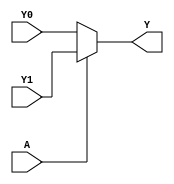
module single_variable_kmap (
    input wire A,      // Single input variable
    input wire Y0,     // Output for A = 0
    input wire Y1,     // Output for A = 1
    output wire Y      // Output representing the simplified Boolean function
);

// Combinational logic to determine the output Y based on input A
assign Y = (A == 1'b0) ? Y0 : Y1;

endmodule